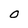
Character: O